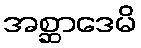
အစ္ဆာဒေမိ